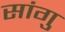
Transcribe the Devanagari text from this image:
सांगु